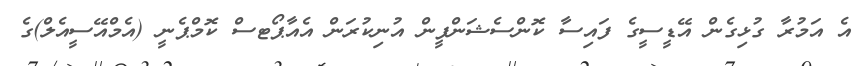
އެ އަމުރާ ގުޅިގެން އޭޑީސީގެ ފައިސާ ކޮންސެޝަންފީން އުނިކުރަން އެއާޕޯޓސް ކޮމްޕެނީ (އެމްއޭސީއެލް)ގެ